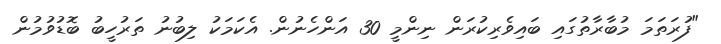
"ފުރަތަމަ މުބާރާތުގައި ބައިވެރިކުރަން ނިންމީ 30 އަންހެނުން. އެކަމަކު ލިބުނު ތަރުހީބު ބޮޑުވުމުން